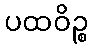
ပထဝိဉ္စ